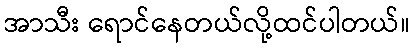
အာသီး ရောင်နေတယ်လို့ထင်ပါတယ်။